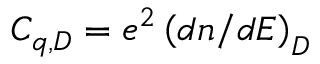
C _ { q , D } = e ^ { 2 } \left( d n / d E \right) _ { D }